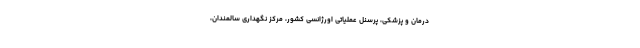
درمان و پزشکی، پرسنل عملیاتی اورژانسی کشور، مرکز نگهداری سالمندان،